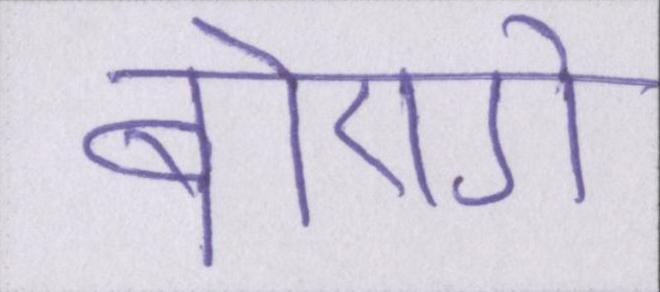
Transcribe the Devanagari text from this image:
बोएगे